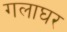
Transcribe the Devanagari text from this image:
गलाघर